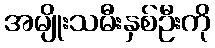
အမျိုးသမီးနှစ်ဦးကို